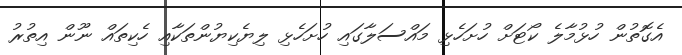
އެގޮތުން ހުޅުމާލެ ކޯޓަށް ހުށަހެޅި މައްސަލާގައި ހުށަހެޅި ލިޔެކިޔުންތަކާއި ހެކިތައް ނޫން އިތުރު